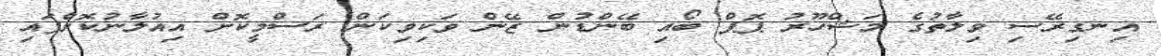
އިނގިރޭސި ވިލާތުގެ މަޝްހޫރު ޕޮޕް ބޯއި ބޭންޑުން ޒޭން ވަކިވިކަން ރަސްމީކޮށް އިއުލާނުކޮށްފައި